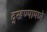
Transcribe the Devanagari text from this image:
दुखण्यामध्ये